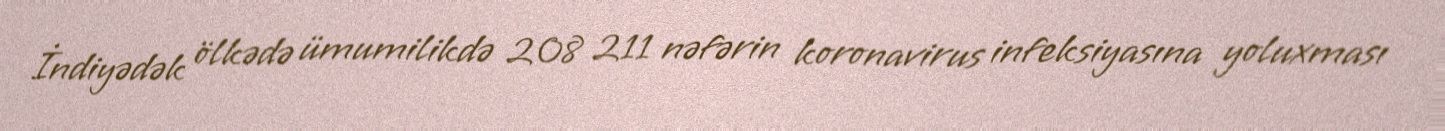
İndiyədək ölkədə ümumilikdə 208 211 nəfərin koronavirus infeksiyasına yoluxması